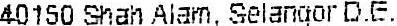
40150 SHAH ALAM, SELANGOR D.E.